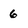
Character: 6